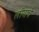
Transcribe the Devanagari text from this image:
लीगाचे